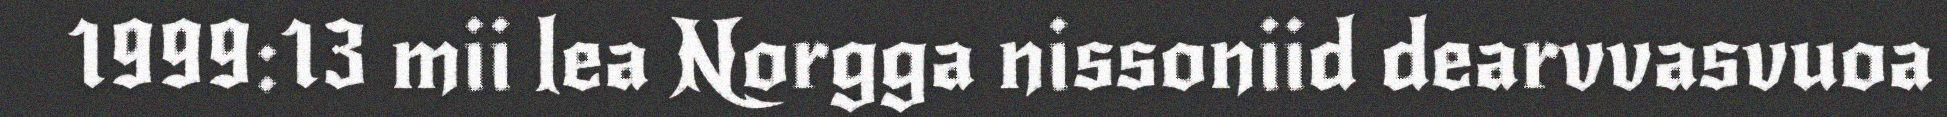
1999:13 mii lea Norgga nissoniid dearvvasvuoa